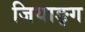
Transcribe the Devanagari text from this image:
जियाङ्ग